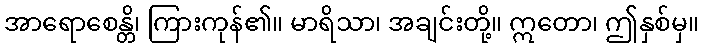
အာရောစေန္တိ၊ ကြားကုန်၏။ မာရိသာ၊ အချင်းတို့။ ဣတော၊ ဤနှစ်မှ။